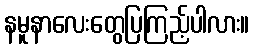
နမူနာလေးတွေပြကြည့်ပါလား။